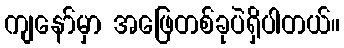
ကျနော်မှာ အဖြေတစ်ခုပဲရှိပါတယ်။